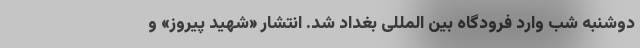
دوشنبه شب وارد فرودگاه بین المللی بغداد شد. انتشار «شهید پیروز» و